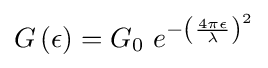
G\left(\epsilon \right)=G_{0}\,\,e^{-\left({\frac {4\pi \epsilon }{\lambda }}\right)^{2}}